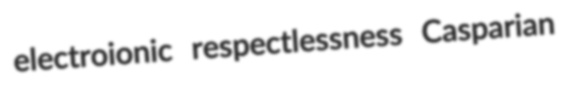
electroionic respectlessness Casparian